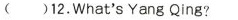
( )12.What's Yang Qing?